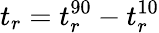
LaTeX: t_{r}=t_{r}^{90}-t_{r}^{10}